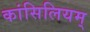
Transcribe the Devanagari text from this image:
कांसिलियम्